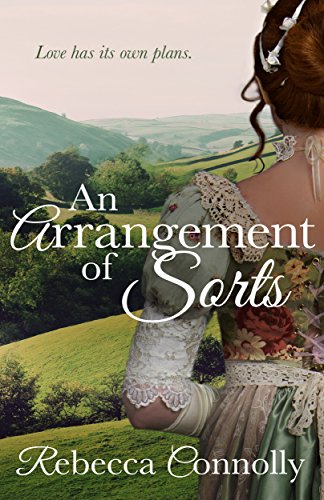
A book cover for An Arrangement of Sorts; Rebecca Connolly; Travel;